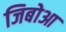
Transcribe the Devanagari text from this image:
जिबोआ